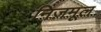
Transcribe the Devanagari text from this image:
निज़मूल